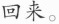
回来。